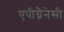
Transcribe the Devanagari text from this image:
एपीग्नैनेसी